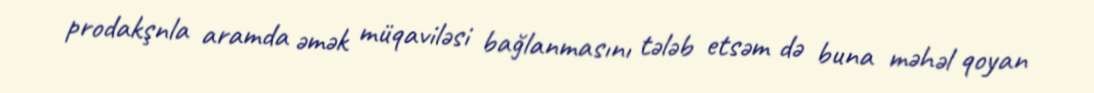
prodakşnla aramda əmək müqaviləsi bağlanmasını tələb etsəm də buna məhəl qoyan